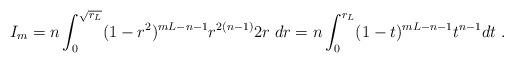
LaTeX: \begin{align*} I_m&= n \int_0^{\sqrt{r_L}}(1-r^2)^{mL-n-1}r^{2(n-1)} 2r\; dr =n \int_0^{r_L} (1-t)^{mL-n-1} t^{n-1} dt \ .\end{align*}